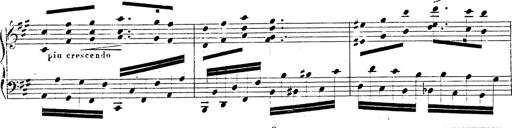
Title: Chanson bohÃ©mienne
Composer: Franz Liszt